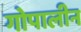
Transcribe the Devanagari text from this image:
गोपालीन